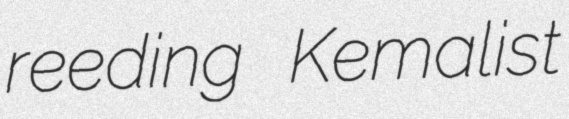
reeding Kemalist